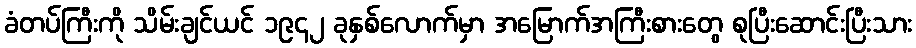
ခံတပ်ကြီးကို သိမ်းချင်ယင် ၁၉၄၂ ခုနှစ်လောက်မှာ အမြောက်အကြီးစားတွေ စုပြီးဆောင်းပြီးသား